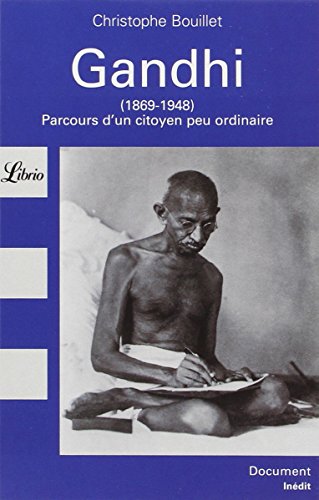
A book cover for Librio: Gandhi (1869-1948) Parcours D'UN Citoyen Peu Ordinaire (French Edition); Christophe Bouillet; Religion & Spirituality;